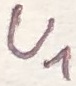
Text: U1